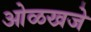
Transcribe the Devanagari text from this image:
ओळखजे